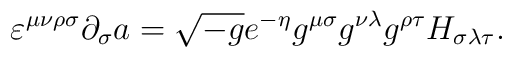
\varepsilon^{\mu\nu\rho\sigma}\partial_{\sigma}a=\sqrt{-g}e^{-\eta}g^{\mu\sigma}g^{\nu\lambda}g^{\rho\tau}H_{\sigma\lambda\tau}.